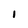
Character: 1